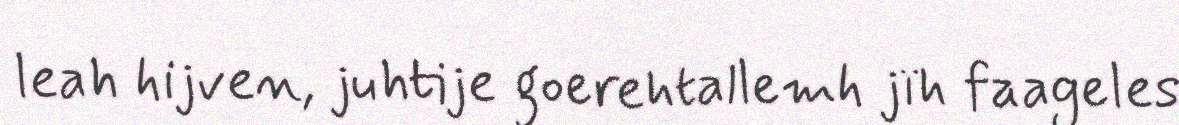
leah hijven, juhtije goerehtallemh jïh faageles